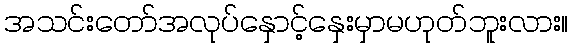
အသင်းတော်အလုပ်နှောင့်နှေးမှာမဟုတ်ဘူးလား။